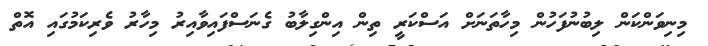
މިނިވަންކަން ލިބުނުފަހުން މިހާތަނަށް އަސްކަރީ ތިން އިންގިލާބު ގެނަސްފައިވާއިރު މިހާރު ވެރިކަމުގައި އޮތް